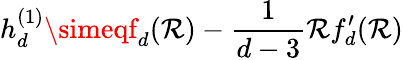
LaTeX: h_{d}^{(1)}\simeqf_{d}(\mathcal{R})-\frac{{1}}{{d-3}}\mathcal{R}f_{d}^{\prime}(\mathcal{R})